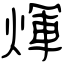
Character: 煇